画像に写った文字を読んでください
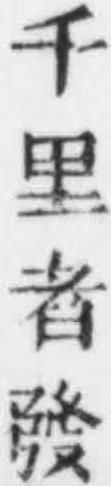
「千里者發」と書いてあります